Indian journal of veterinary science and animal husbandry - Volume 6,
Year: 1936
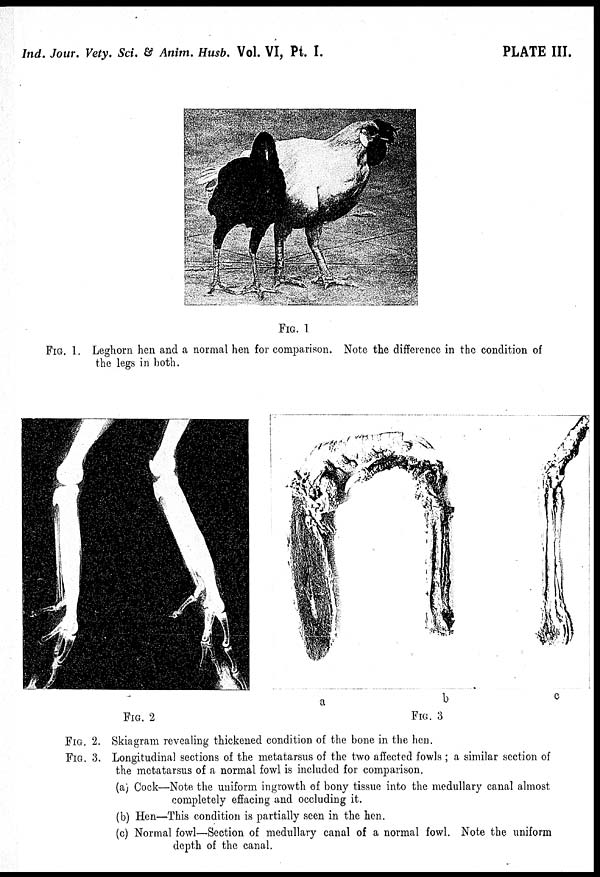
Ind. Jour. Vety. Sci. & Anim. Husb. Vol. VI, Pt. I.
PLATE III.
FIG. 1
FIG. 1. Leghorn hen and a normal hen for comparison. Note the difference in the condition of
the legs in both.
FIG. 2
FIG. 3
FIG. 2. Skiagram revealing thickened condition of the bone in the hen.
FIG. 3. Longitudinal sections of the metatarsus of the two affected fowls ; a similar section of
the metatarsus of a normal fowl is included for comparison.
(a) Cock—Note the uniform ingrowth of bony tissue into the medullary canal almost
completely effacing and occluding it.
(b) Hen—This condition is partially seen in the hen.
(c) Normal fowl—Section of medullary canal of a normal fowl. Note the uniform
depth of the canal.